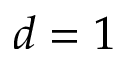
d = 1